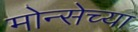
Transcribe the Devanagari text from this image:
मोन्सेच्या